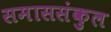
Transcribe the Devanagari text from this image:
समाससंकुल